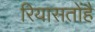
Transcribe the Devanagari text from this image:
रियासतोंहै